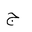
Letter: _gim